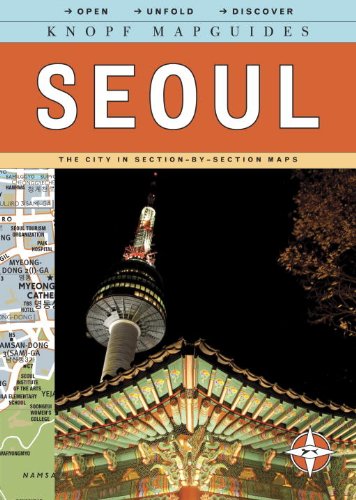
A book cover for Knopf MapGuide: Seoul; Knopf Guides; Travel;